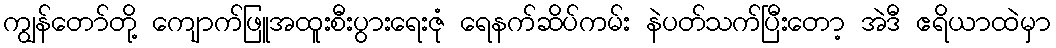
ကျွန်တော်တို့ ကျောက်ဖြူအထူးစီးပွားရေးဇုံ ရေနက်ဆိပ်ကမ်း နဲပတ်သက်ပြီးတော့ အဲဒီ ဧရိယာထဲမှာ